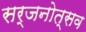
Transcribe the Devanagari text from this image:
सर्जनोत्सव